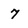
Character: 7